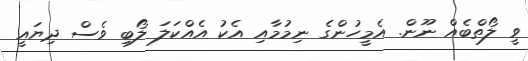
ވީ ލޯތްބެއް ނޫން. އެމީހުންގެ ނިމުމާއި އެކު އެއްކަލަ ލޯބި ވެސް ދިޔައީ